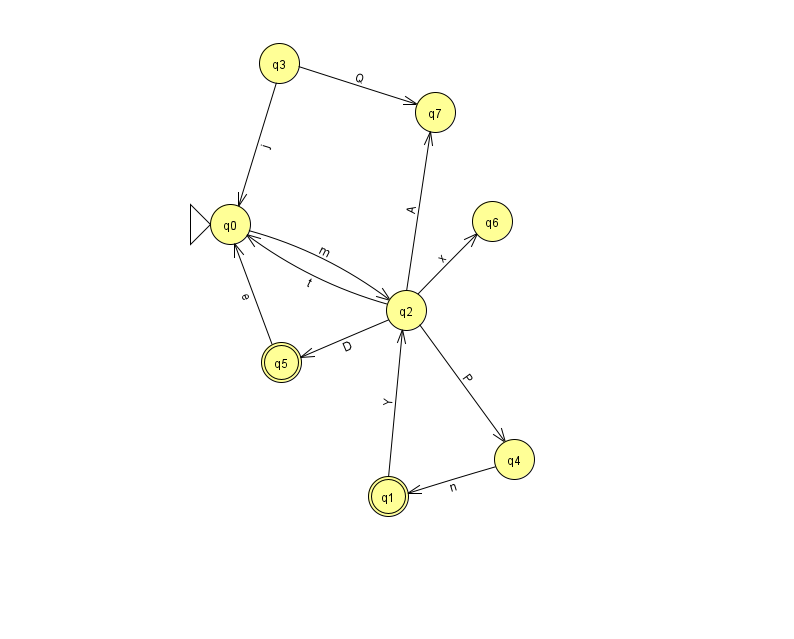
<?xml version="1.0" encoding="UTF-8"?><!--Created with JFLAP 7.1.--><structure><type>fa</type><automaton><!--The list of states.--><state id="0" name="q0"><x>230.0</x><y>211.0</y><initial/></state><state id="1" name="q1"><x>388.0</x><y>483.0</y><final/></state><state id="2" name="q2"><x>406.0</x><y>297.0</y></state><state id="3" name="q3"><x>279.0</x><y>50.0</y></state><state id="4" name="q4"><x>514.0</x><y>446.0</y></state><state id="5" name="q5"><x>281.0</x><y>349.0</y><final/></state><state id="6" name="q6"><x>492.0</x><y>208.0</y></state><state id="7" name="q7"><x>435.0</x><y>99.0</y></state><!--The list of transitions.--><transition><from>2</from><to>7</to><read>A</read></transition><transition><from>5</from><to>0</to><read>e</read></transition><transition><from>2</from><to>6</to><read>x</read></transition><transition><from>2</from><to>0</to><read>t</read></transition><transition><from>2</from><to>4</to><read>P</read></transition><transition><from>3</from><to>0</to><read>j</read></transition><transition><from>2</from><to>5</to><read>D</read></transition><transition><from>0</from><to>2</to><read>m</read></transition><transition><from>4</from><to>1</to><read>n</read></transition><transition><from>3</from><to>7</to><read>Q</read></transition><transition><from>1</from><to>2</to><read>Y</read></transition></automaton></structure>